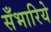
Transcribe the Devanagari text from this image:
सँभारिये